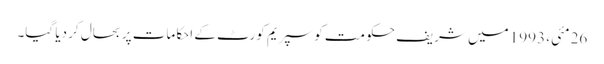
26 مئی، 1993 میں شریف حکومت کو سپریم کورٹ کے احکامات پر بحال کر دیا گیا۔